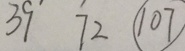
3 9 ^ { \prime } 7 2 \textcircled { 1 0 7 }